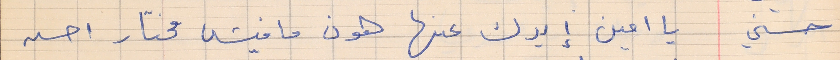
حسني     يا امين إيدك عنها هون ما فيش مختار أحسن